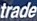
trade